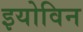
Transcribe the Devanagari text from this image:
इयोविन